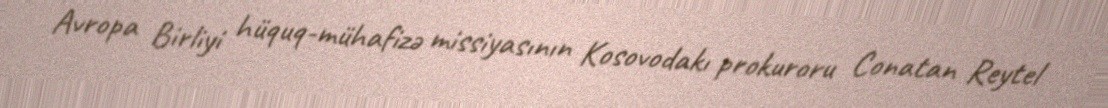
Avropa Birliyi hüquq-mühafizə missiyasının Kosovodakı prokuroru Conatan Reytel